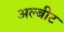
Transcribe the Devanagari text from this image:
अल्बीट